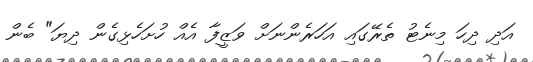
އަދި ދިހަ މިނެޓު ތެރޭގައި އަހަރެންނަށް ވަޒީފާ އެއް ހުށަހެޅިގެން ދިޔަ" ބެން